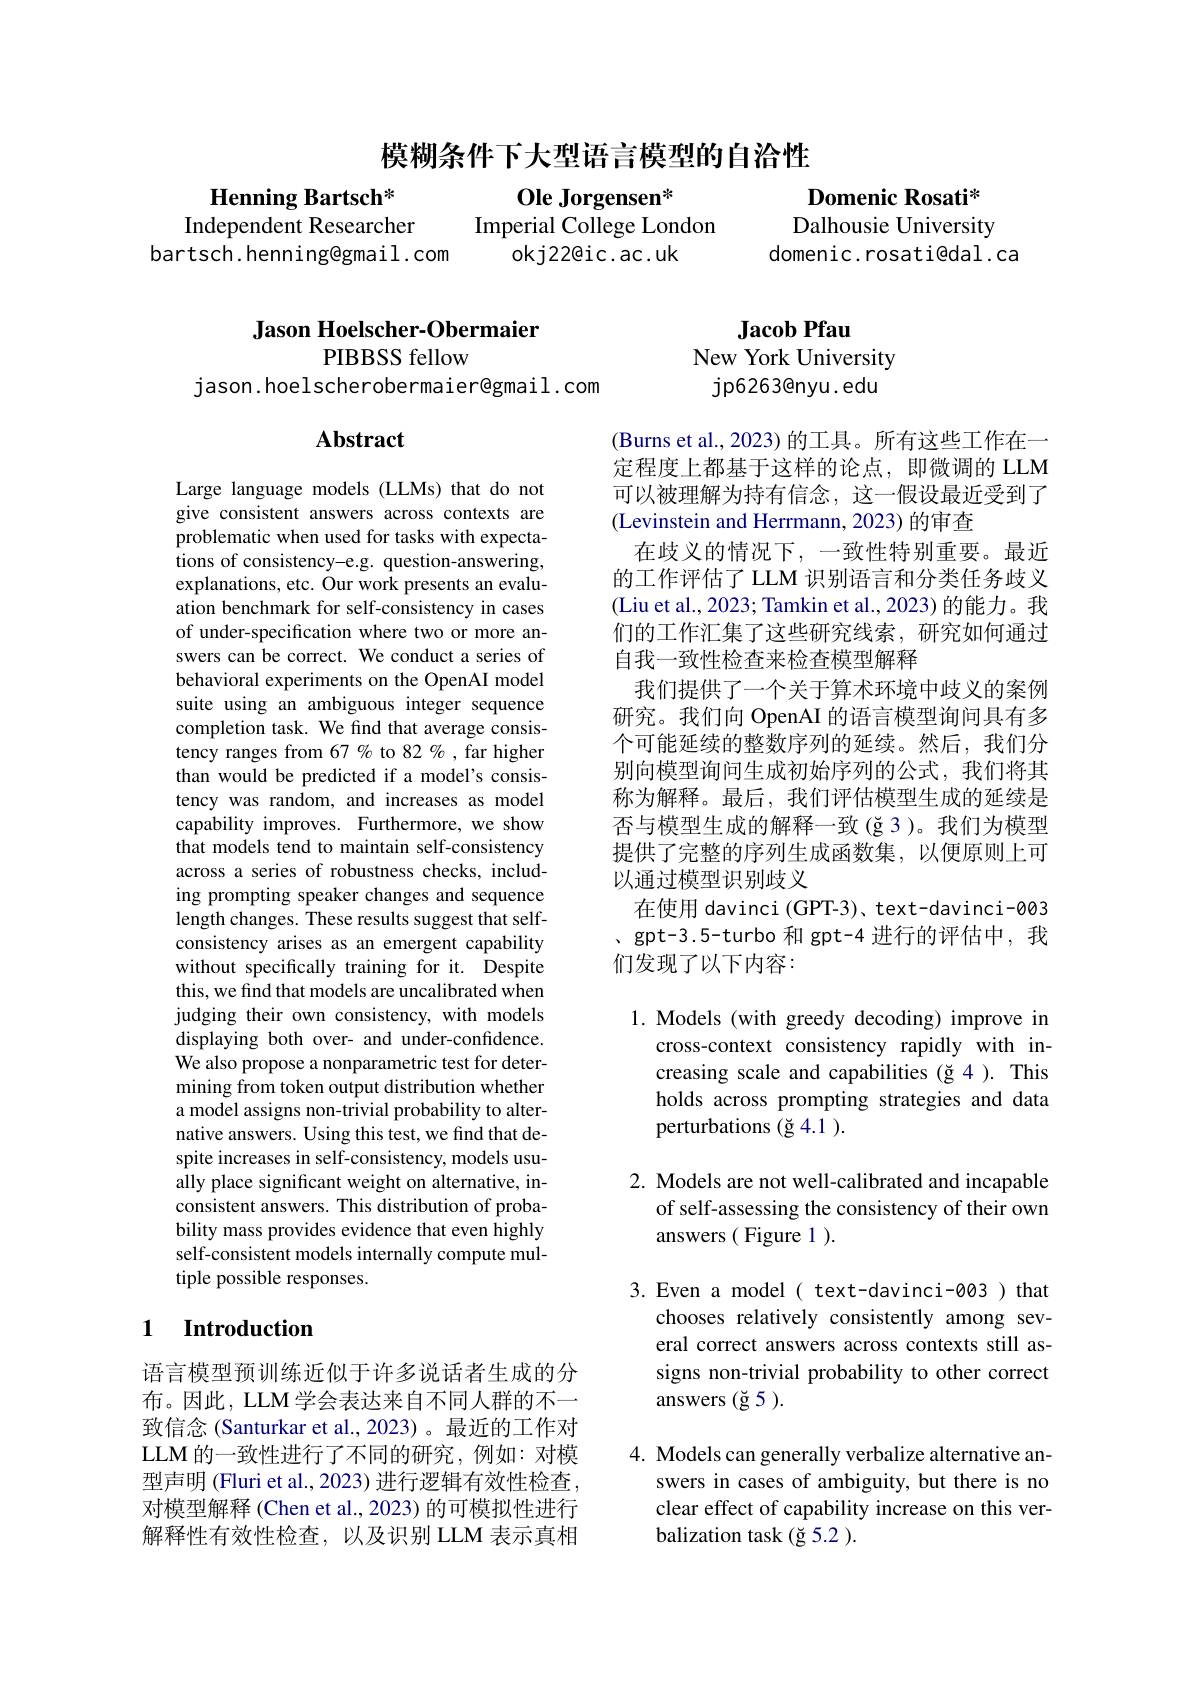
模糊条件下大型语言模型的自洽性

$\textbf{Henning Bartsch}^{*}$
Ole Jorgensen*
Independent Researcher
Imperial College London
bartsch.henning@gmail.com
okj22@ic.ac.uk

Domenic Rosati* Dalhousie University
domenic.rosati@dal.ca

Jason Hoelscher-Obermaier
PIBBSS fellow

jason.hoelscherobermaier@gmail.com

# Abstract

Large language models (LLMs) that do not give consistent answers across contexts are problematic when used for tasks with expectations of consistency-e.g. question-answering, explanations, etc. Our work presents an evaluation benchmark for self-consistency in cases of under-specification where two or more answers can be correct. We conduct a series of behavioral experiments on the OpenAI model suite using an ambiguous integer sequence completion task. We find that average consistency ranges from 67 % to 82 %, far higher than would be predicted if a model's consistency was random, and increases as model capability improves. Furthermore, we show that models tend to maintain self-consistency across a series of robustness checks, including prompting speaker changes and sequence length changes. These results suggest that selfconsistency arises as an emergent capability without specifically training for it. Despite this, we find that models are uncalibrated when judging their own consistency, with models displaying both over- and under-confidence. We also propose a nonparametric test for determining from token output distribution whether a model assigns non-trivial probability to alternative answers. Using this test, we find that despite increases in self-consistency, models usually place significant weight on alternative, inconsistent answers. This distribution of probability mass provides evidence that even highly self-consistent models internally compute multiple possible responses.

### 1 Introduction

语言模型预训练近似于许多说话者生成的分布。因此，LLM 学会表达来自不同人群的不一致信念 (Santurkar et al., 2023)。最近的工作对LLM 的一致性进行了不同的研究，例如：对模型声明 (Fluri et al., 2023) 进行逻辑有效性检查， 对模型解释 (Chen et al., 2023) 的可模拟性进行解释性有效性检查，以及识别 LLM 表示真相

Jacob Pfau
New York University
jp6263@nyu.edu

(Burns et al., 2023) 的工具。所有这些工作在一定程度上都基于这样的论点，即微调的 LLM 可以被理解为持有信念，这一假设最近受到了(Levinstein and Herrmann, 2023) 的审查
在歧义的情况下，一致性特别重要。最近的工作评估了 LLM 识别语言和分类任务歧义(Liu et al., 2023; Tamkin et al., 2023) 的能力。我们的工作汇集了这些研究线索，研究如何通过自我一致性检查来检查模型解释
我们提供了一个关于算术环境中歧义的案例研究。我们向 OpenAI 的语言模型询问具有多个可能延续的整数序列的延续。然后，我们分别向模型询问生成初始序列的公式，我们将其称为解释。最后，我们评估模型生成的延续是否与模型生成的解释一致(ğ3)。我们为模型提供了完整的序列生成函数集，以便原则上可以通过模型识别歧义
在使用 davinci (GPT-3)、text-davinci-003 、gpt-3.5-turbo 和 gpt-4 进行的评估中，我们发现了以下内容：

1. Models (with greedy decoding) improve in
cross-context consistency rapidly with increasing scale and capabilities (ğ4 ). This holds across prompting strategies and data perturbations (ğ 4.1 ).

2. Models are not well-calibrated and incapable
of self-assessing the consistency of their own
answers ( Figure 1 ).

3.Even a model( text-davinci-003) that
chooses relatively consistently among several correct answers across contexts still assigns non-trivial probability to other correct answers $(\check{\mathrm{g}}5).$

4. Models can generally verbalize alternative an-
swers in cases of ambiguity, but there is no clear effect of capability increase on this verbalization task (ğ 5.2 ).